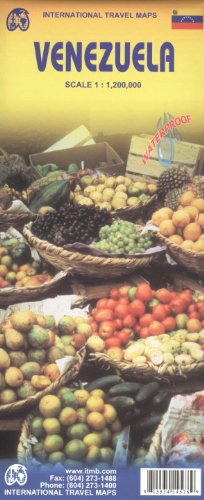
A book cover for Venezuela 1:1,200,000 Travel Map (International Travel Maps); ITM Canada; Travel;